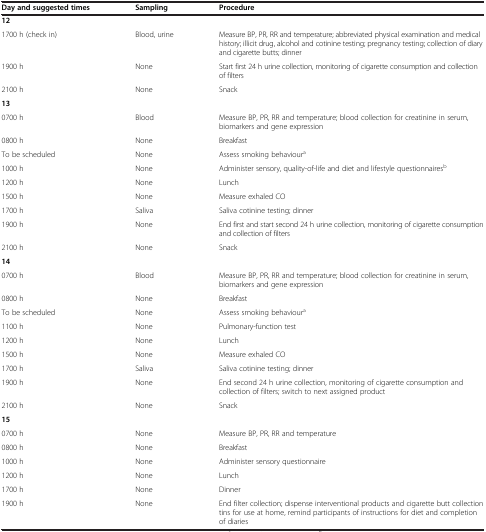
<table><thead><tr><td><b>Day and suggested times</b></td><td><b>Sampling</b></td><td><b>Procedure</b></td></tr></thead><tbody><tr><td colspan="3"><b>12</b></td></tr><tr><td>1700 h (check in)</td><td>Blood, urine</td><td>Measure BP, PR, RR and temperature; abbreviated physical examination and medical history; illicit drug, alcohol and cotinine testing; pregnancy testing; collection of diary and cigarette butts; dinner</td></tr><tr><td>1900 h</td><td>None</td><td>Start first 24 h urine collection, monitoring of cigarette consumption and collection of filters</td></tr><tr><td>2100 h</td><td>None</td><td>Snack</td></tr><tr><td colspan="3"><b>13</b></td></tr><tr><td>0700 h</td><td>Blood</td><td>Measure BP, PR, RR and temperature; blood collection for creatinine in serum, biomarkers and gene expression</td></tr><tr><td>0800 h</td><td>None</td><td>Breakfast</td></tr><tr><td>To be scheduled</td><td>None</td><td>Assess smoking behaviour<sup>a</sup></td></tr><tr><td>1000 h</td><td>None</td><td>Administer sensory, quality-of-life and diet and lifestyle questionnaires<sup>b</sup></td></tr><tr><td>1200 h</td><td>None</td><td>Lunch</td></tr><tr><td>1500 h</td><td>None</td><td>Measure exhaled CO</td></tr><tr><td>1700 h</td><td>Saliva</td><td>Saliva cotinine testing; dinner</td></tr><tr><td>1900 h</td><td>None</td><td>End first and start second 24 h urine collection, monitoring of cigarette consumption and collection of filters</td></tr><tr><td>2100 h</td><td>None</td><td>Snack</td></tr><tr><td colspan="3"><b>14</b></td></tr><tr><td>0700 h</td><td>Blood</td><td>Measure BP, PR, RR and temperature; blood collection for creatinine in serum, biomarkers and gene expression</td></tr><tr><td>0800 h</td><td>None</td><td>Breakfast</td></tr><tr><td>To be scheduled</td><td>None</td><td>Assess smoking behaviour<sup>a</sup></td></tr><tr><td>1100 h</td><td>None</td><td>Pulmonary-function test</td></tr><tr><td>1200 h</td><td>None</td><td>Lunch</td></tr><tr><td>1500 h</td><td>None</td><td>Measure exhaled CO</td></tr><tr><td>1700 h</td><td>Saliva</td><td>Saliva cotinine testing; dinner</td></tr><tr><td>1900 h</td><td>None</td><td>End second 24 h urine collection, monitoring of cigarette consumption and collection of filters; switch to next assigned product</td></tr><tr><td>2100 h</td><td>None</td><td>Snack</td></tr><tr><td colspan="3"><b>15</b></td></tr><tr><td>0700 h</td><td>None</td><td>Measure BP, PR, RR and temperature</td></tr><tr><td>0800 h</td><td>None</td><td>Breakfast</td></tr><tr><td>1000 h</td><td>None</td><td>Administer sensory questionnaire</td></tr><tr><td>1200 h</td><td>None</td><td>Lunch</td></tr><tr><td>1700 h</td><td>None</td><td>Dinner</td></tr><tr><td>1900 h</td><td>None</td><td>End filter collection; dispense interventional products and cigarette butt collection tins for use at home, remind participants of instructions for diet and completion of diaries</td></tr></tbody></table>